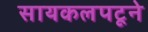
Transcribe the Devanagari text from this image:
सायकलपटूने